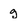
Character: g